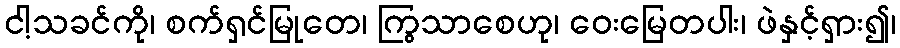
ငါ့သခင်ကို၊ စက်ရှင်မြုတေ၊ ကြွသာစေဟု၊ ဝေးမြေတပါး၊ ဖဲနှင့်ရှား၍၊